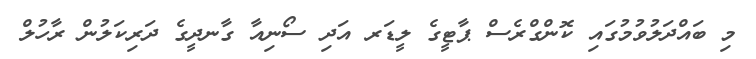
މި ބައްދަލުވުމުގައި ކޮންގްރެސް ޕާޓީގެ ލީޑަރ އަދި ސޯނިއާ ގާނދީގެ ދަރިކަލުން ރާހުލް